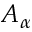
A _ { \alpha }